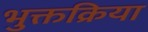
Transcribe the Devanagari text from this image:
भुक्तक्रिया